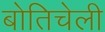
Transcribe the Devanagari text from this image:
बोतिचेली